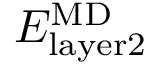
E _ { \mathrm { l a y e r 2 } } ^ { \mathrm { { M D } } }